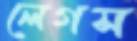
লেগস